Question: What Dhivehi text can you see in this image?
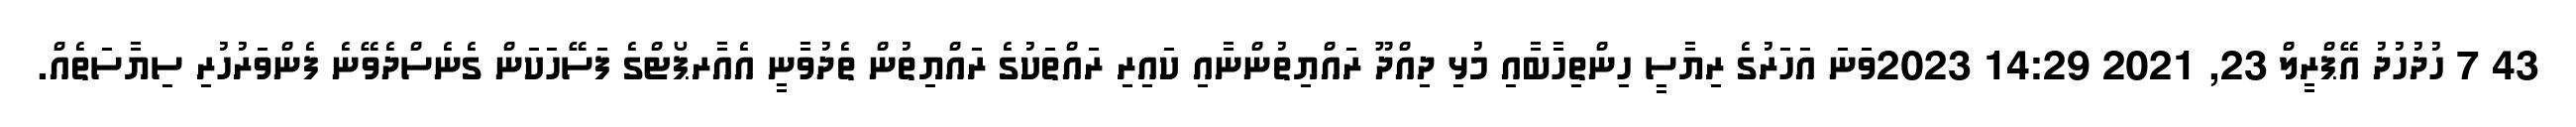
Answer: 43 7 ހުދުހުދު އޭޕްރީލް 23, 2021 14:29 2023ވަނަ އަހަރުގެ ރިޔާސީ ހިންތިހާބާއި މުޅި ދިއްދޫ ރައްޔިތުންނާއި ކައިރި ރައްތަކުގެ ރައްޔިތުން ތެދުވާނީ އެއާރޕޯޓްގެ ފަސޭހަކަން ގެނެސްދެވޭނެ ފެންވަރުހުރި ސިޔާސަތެއް.